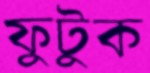
ফুটুক